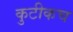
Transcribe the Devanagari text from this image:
कुटीकच